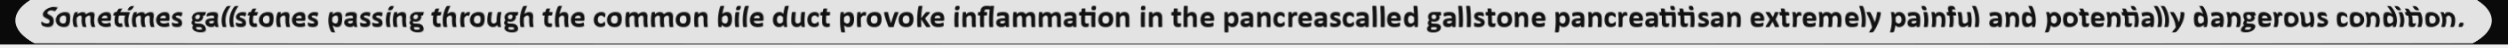
Sometimes gallstones passing through the common bile duct provoke inflammation in the pancreascalled gallstone pancreatitisan extremely painful and potentially dangerous condition.